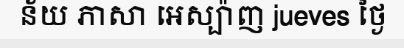
ន័យ ភាសា អេស្ប៉ាញ jueves ថ្ងៃ